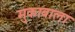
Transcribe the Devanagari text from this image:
मुकाबाला